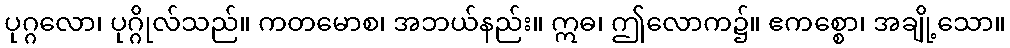
ပုဂ္ဂလော၊ ပုဂ္ဂိုလ်သည်။ ကတမောစ၊ အဘယ်နည်း။ ဣဓ၊ ဤလောက၌။ ဧကစ္စော၊ အချို့သော။